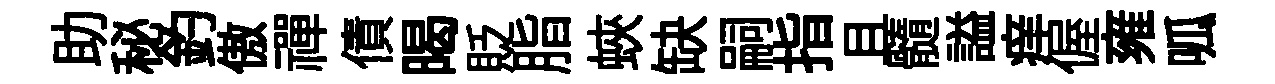
助秘釣傲禪債暍貶脂蛺缺嗣指且髓謚痒偓雍呱